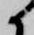
候